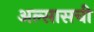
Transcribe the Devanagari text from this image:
अल्सासची